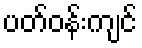
ပတ်ဝန်းကျင်